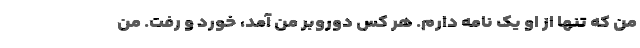
من که تنها از او یک نامه دارم. هر کس دوروبر من آمد، خورد و رفت. من